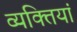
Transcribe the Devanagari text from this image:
व्यक्तियां